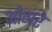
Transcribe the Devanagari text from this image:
ओगरे